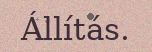
Állítás.